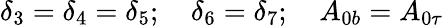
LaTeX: \delta_{3}=\delta_{4}=\delta_{5};\quad\delta_{6}=\delta_{7};\quad A_{0b}=A_{0\tau}